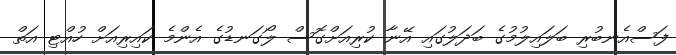
ފަސްއެނބުރި ބަލައިލުމުގެ ބަދަލުގައި އޭނާ ކުރިއަށްގޮސް ލޯގަނޑުގެ އެންމެ ކައިރިއަށް ހުއްޓި އަތް